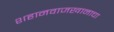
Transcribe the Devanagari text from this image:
शहानवाजखानाचा